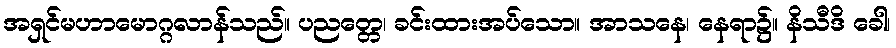
အရှင်မဟာမောဂ္ဂလာန်သည်။ ပညတ္တေ၊ ခင်းထားအပ်သော။ အာသနေ၊ နေရာ၌။ နိသီဒိ ခေါ၊